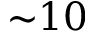
{ \sim } 1 0